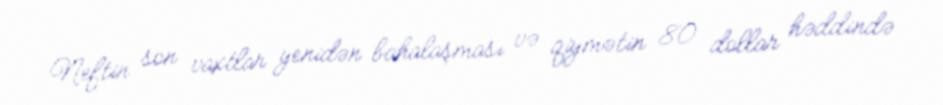
Neftin son vaxtlar yenidən bahalaşması və qiymətin 80 dollar həddində